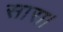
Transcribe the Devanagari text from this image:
सारा।